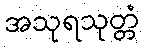
အသုရသုတ္တံ